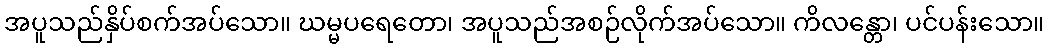
အပူသည်နှိပ်စက်အပ်သော။ ဃမ္မပရေတော၊ အပူသည်အစဉ်လိုက်အပ်သော။ ကိလန္တော၊ ပင်ပန်းသော။